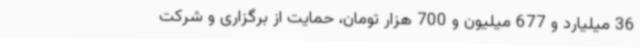
36 میلیارد و 677 میلیون و 700 هزار تومان، حمایت از برگزاری و شرکت